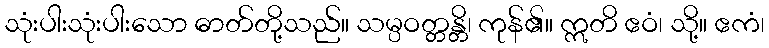
သုံးပါးသုံးပါးသော ဓာတ်တို့သည်။ သမ္ပဝတ္တန္တိ၊ ကုန်၏။ ဣတိ ဧဝံ၊ သို့။ ဧကံ၊